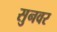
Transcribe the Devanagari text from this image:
सुनवर